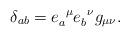
LaTeX: \begin{align*}\delta_{ab} = e^{\;\;\mu}_{a} e^{\;\;\nu}_{b} g_{\mu\nu}.\end{align*}